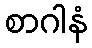
စာဂါနံ